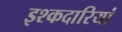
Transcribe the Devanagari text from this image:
इश्कदारियां